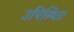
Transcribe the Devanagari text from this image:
उपिस्‍थित